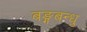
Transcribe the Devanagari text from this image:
बङ्गबन्धु